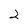
Character: 2